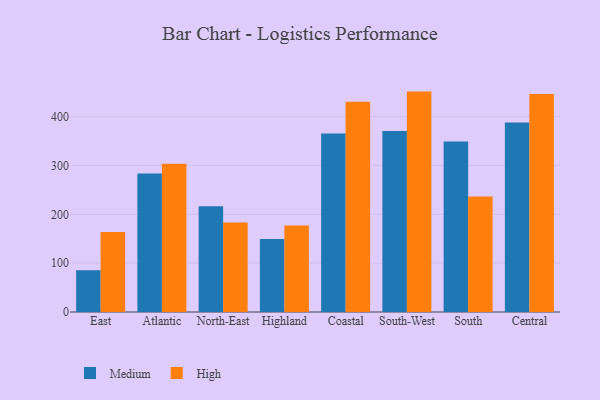
{"axis": {"x": "Region", "y": "Customer Acquisition Cost (USD)"}, "legend": ["High", "Medium"], "data": [{"x": "East", "y": 85.3, "type": "Medium"}, {"x": "East", "y": 163.9, "type": "High"}, {"x": "Atlantic", "y": 283.5, "type": "Medium"}, {"x": "Atlantic", "y": 303.5, "type": "High"}, {"x": "North-East", "y": 216.5, "type": "Medium"}, {"x": "North-East", "y": 183.1, "type": "High"}, {"x": "Highland", "y": 149.6, "type": "Medium"}, {"x": "Highland", "y": 177.3, "type": "High"}, {"x": "Coastal", "y": 365.3, "type": "Medium"}, {"x": "Coastal", "y": 430.6, "type": "High"}, {"x": "South-West", "y": 370.4, "type": "Medium"}, {"x": "South-West", "y": 451.3, "type": "High"}, {"x": "South", "y": 348.9, "type": "Medium"}, {"x": "South", "y": 236.6, "type": "High"}, {"x": "Central", "y": 388.2, "type": "Medium"}, {"x": "Central", "y": 446.5, "type": "High"}]}